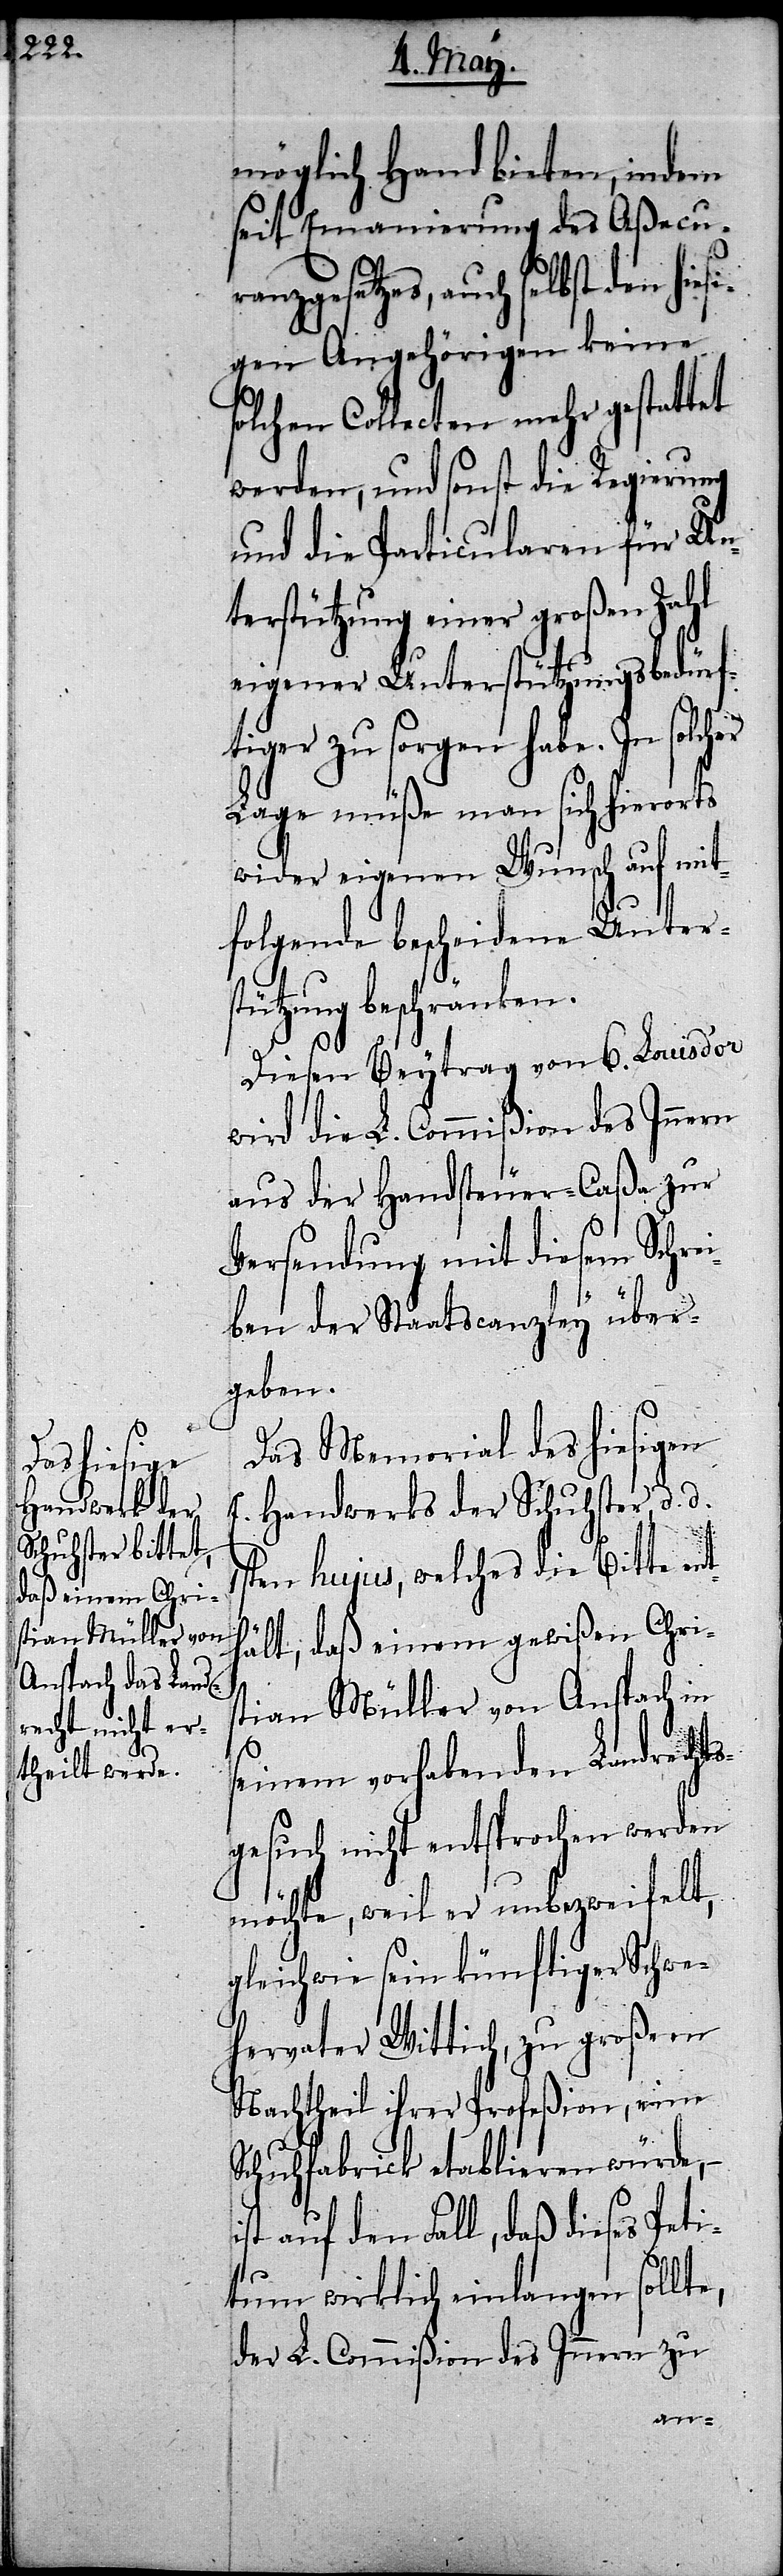
möglich Hand bieten, indem
seit Emanierung des Aßecur¬
anzgesetzes, auch selbst den hie¬
sigen Angehörigen keine
solchen Collecten mehr gestattet
werden, und sonst die Regierung
und die Particularen für Un¬
terstützung einer großen Zahl
eigener Unterstützungsbedürf¬
tiger zu sorgen habe. In
Lage müße man sich hierorts
wider eigenen Wunsch auf mit¬
folgende bescheidene Unters¬
tützung beschränken.
Dieser Beytrag von 6. Louisd’or
wird die L. Commißion des Innern
aus der Handsteuer-Caßa zur
Versendung mit diesem Schrei¬
ben der Staatscanzley über¬
geben.
Das Memorial des hiesigen
E. Handwerks der Schuhster, d. d.
ten hujus, welches die Bitte ent¬
hält, daß einem gewißen Chri¬
stian Müller von Anspach in
1s¬
seinem vorhabenden Landrechts¬
gesuch nicht entsprochen werden
möchte, weil er unbezweifelt,
gleichwie sein künftiger Schwe¬
hervater Wittich, zu großem
Nachtheil ihrer Profeßion, eine
Schuhfabrick etablieren würde, –
auf den Fall, daß dieses Pet¬
itum wirklich einlangen sollte,
der L. Commißion des Innern zu